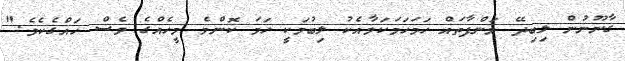
ގާނޫނުން ލިބިދޭ މަންފާތައް ހަމަހަމަކަމާއެކު ލިބުމަކީ ހަމަ ކޮންމެ މީހެއްގެ ވެސް ހައްގެކެވެ."